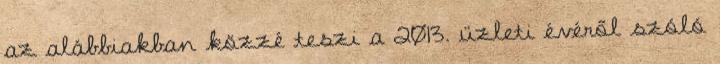
az alábbiakban közzé teszi a 2013. üzleti évéről szóló